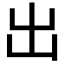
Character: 出